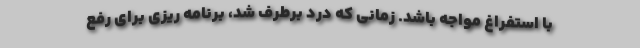
با استفراغ مواجه باشد. زمانی که درد برطرف شد، برنامه ریزی برای رفع